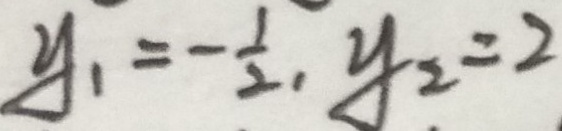
y _ { 1 } = - \frac { 1 } { 2 } , y _ { 2 } = 2